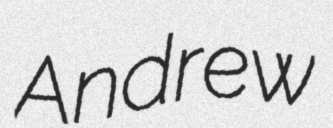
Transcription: Andrew